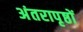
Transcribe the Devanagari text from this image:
अंतरापृष्ठों